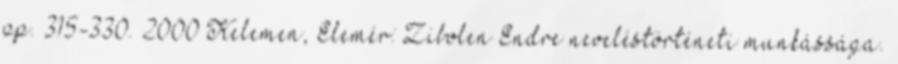
pp. 315-330. 2000 Kelemen, Elemér: Zibolen Endre neveléstörténeti munkássága.